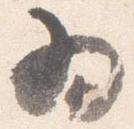
為